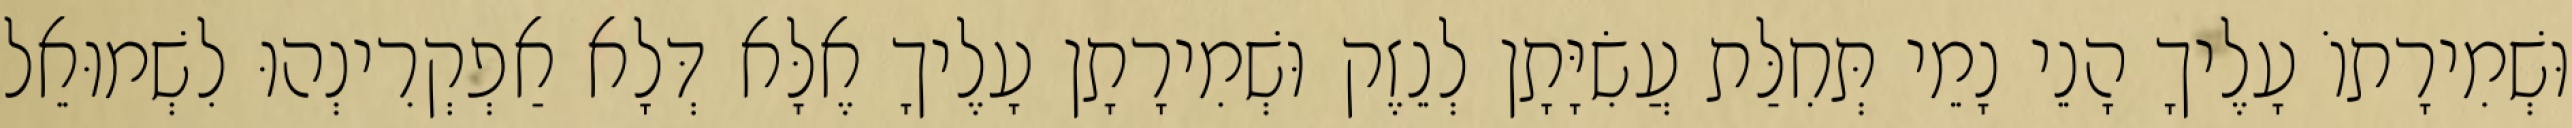
וּשְׁמִירָתוֹ עָלֶיךָ הָנֵי נָמֵי תְּחִלַּת עֲשִׂיָּתָן לְנֵזֶק וּשְׁמִירָתָן עָלֶיךָ אֶלָּא דְּלָא אַפְקְרִינְהוּ לִשְׁמוּאֵל